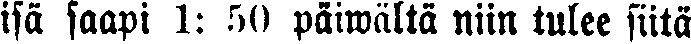
isä saapi 1: 50 päiwältä niin tulee siitä